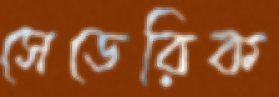
সেডেরিক